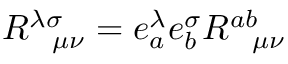
R _ { \ \ \mu \nu } ^ { \lambda \sigma } = e _ { a } ^ { \lambda } e _ { b } ^ { \sigma } R _ { \ \ \mu \nu } ^ { a b }